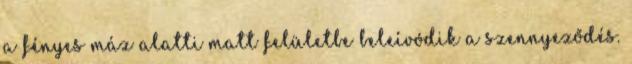
a fényes máz alatti matt felületbe beleívódik a szennyeződés.